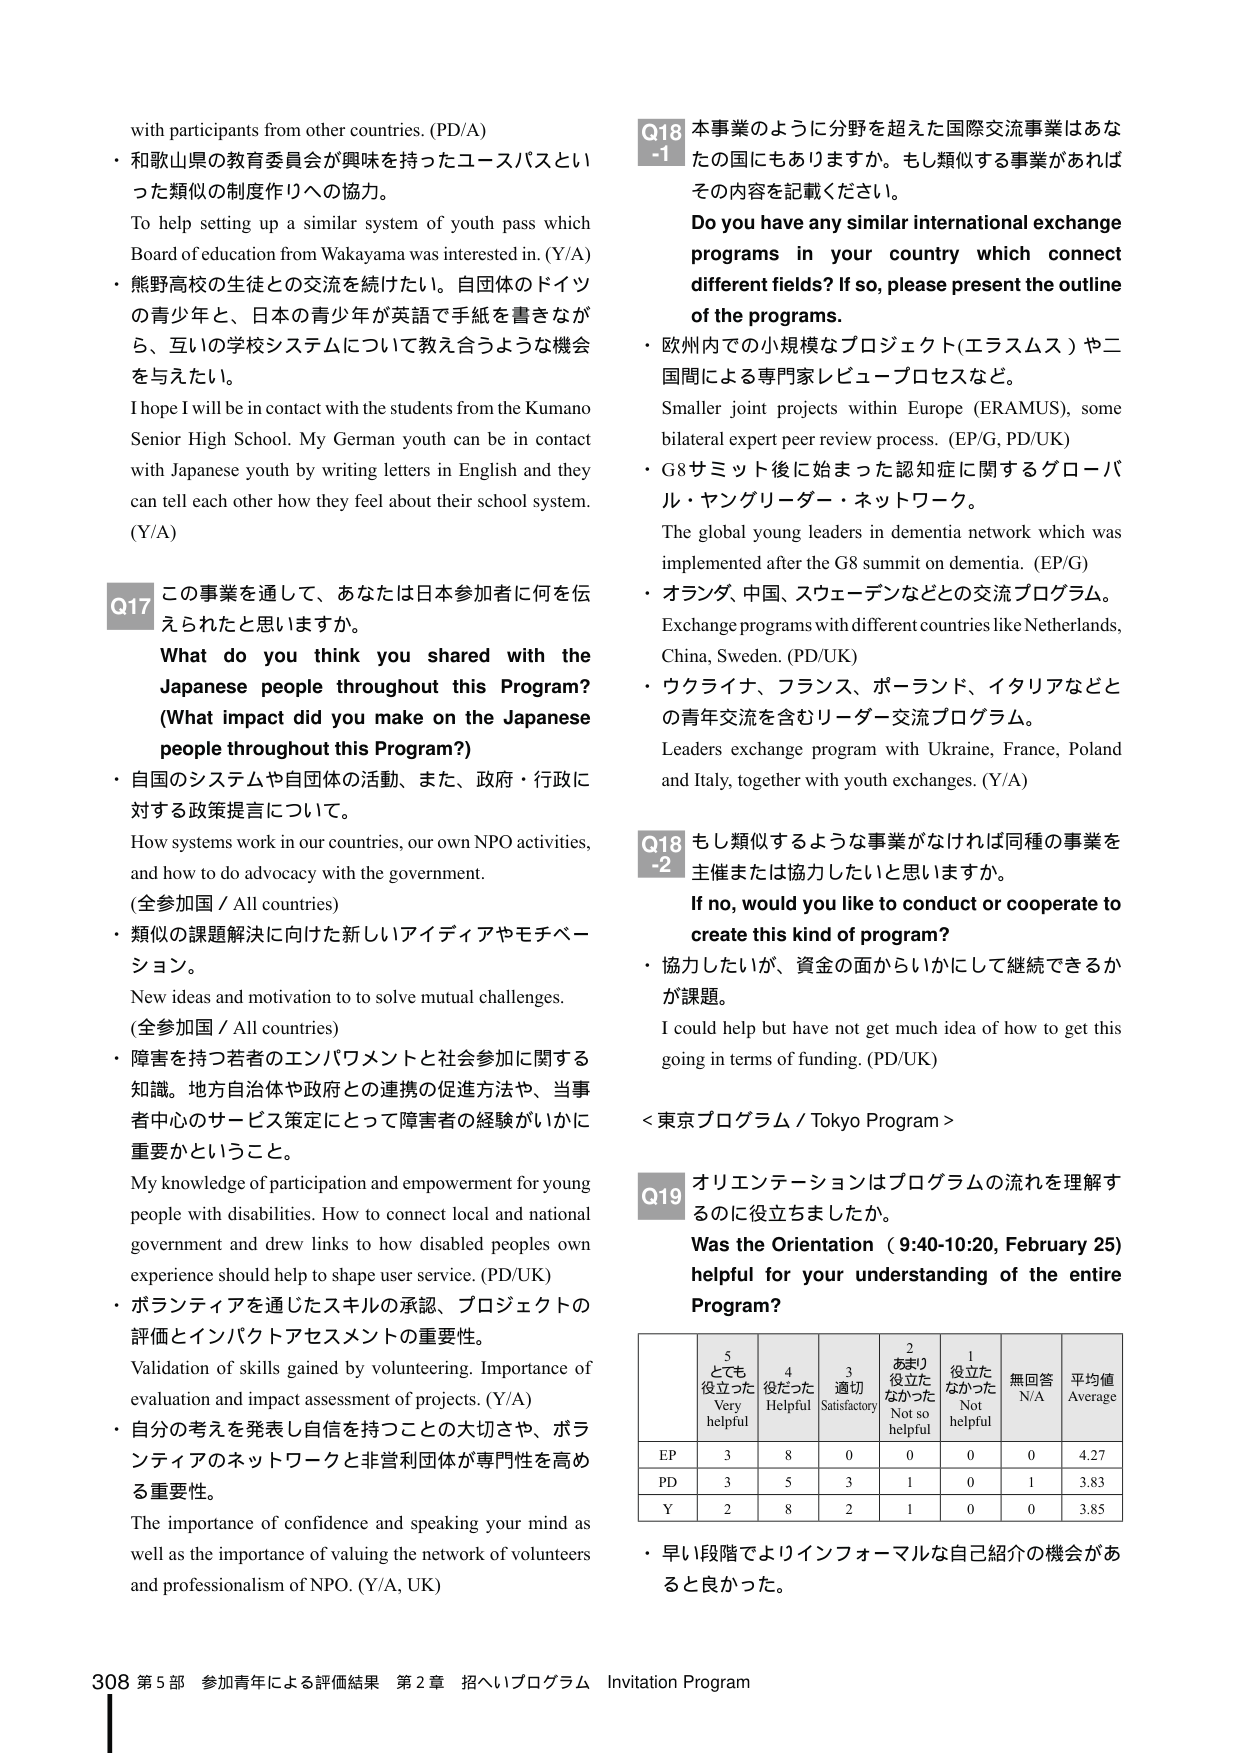
with participants from other countries. (PD/A)
・和歌山県の教育委員会が興味を持ったコースパスとい
った類似の制度作りへの協力。
To help setting up a similar system of youth pass which
Board of education from Wakayama was interested in. (Y/A)
・熊野高校の生徒との交流を続けたい。自団体のドイツ
の青少年と、日本の青少年が英語で手紙を書きなが
ら、互いの学校システムについて教え合うような機会
を与えたい。
I hope I will be in contact with the students from the Kumano
Senior High School. My German youth can be in contact
with Japanese youth by writing letters in English and they
can tell each other how they feel about their school system.
(Y/A)

Q17 この事業を通して、あなたは日本参加者に何を伝
えられたと思いますか。
What do you think you shared with the
Japanese people throughout this Program?
(What impact did you make on the Japanese
people throughout this Program?)
・自国のシステムや自団体の活動、また、政府・行政に
対する政策提言について。
How systems work in our countries, our own NPO activities,
and how to do advocacy with the government.
(全参加国 / All countries)
・類似の課題解決に向けた新しいアイディアやモチベー
ション。
New ideas and motivation to to solve mutual challenges.
(全参加国 / All countries)
・障害を持つ若者のエンパワメントと社会参加に関する
知識。地方自治体や政府との連携の促進方法や、当事
者中心のサービス策定にとって障害者の経験がいかに
重要かということ。
My knowledge of participation and empowerment for young
people with disabilities. How to connect local and national
government and drew links to how disabled peoples own
experience should help to shape user service. (PD/UK)
・ボランティアを通じたスキルの承認、プロジェクトの
評価とインパクトアセスメントの重要性。
Validation of skills gained by volunteering. Importance of
evaluation and impact assessment of projects. (Y/A)
・自分の考えを発表し自信を持つことの大切さや、ボラ
ンティアのネットワークと非営利団体が専門性を高め
る重要性。
The importance of confidence and speaking your mind as
well as the importance of valuing the network of volunteers
and professionalism of NPO. (Y/A, UK)

Q18-1 本事業のように分野を超えた国際交流事業はあな
たの国にもありますか。もし類似する事業があれば
その内容を記載ください。
Do you have any similar international exchange
programs in your country which connect
different fields? If so, please present the outline
of the programs.
・欧州内での小規模なプロジェクト(エラスムス)や二
国間による専門家レビュー・プロセスなど。
Smaller joint projects within Europe (ERAMUS), some
bilateral expert peer review process. (EP/G, PD/UK)
・G8サミット後に始まった認知症に関するグローバ
ル・ヤングリーダー・ネットワーク。
The global young leaders in dementia network which was
implemented after the G8 summit on dementia. (EP/G)
・オランダ、中国、スウェーデンなどとの交流プログラム。
Exchange programs with different countries like Netherlands,
China, Sweden. (PD/UK)
・ウクライナ、フランス、ポーランド、イタリアなどと
の青年交流を含むリーダー交流プログラム。
Leaders exchange program with Ukraine, France, Poland
and Italy, together with youth exchanges. (Y/A)

Q18-2 もし類似するような事業がなければ同種の事業を
主催または協力したいと思いますか。
If no, would you like to conduct or cooperate to
create this kind of program?
・協力したいが、資金の面からいかにして継続できるか
が課題。
I could help but have not get much idea of how to get this
going in terms of funding. (PD/UK)

<東京プログラム / Tokyo Program>

Q19 オリエンテーションはプログラムの流れを理解す
るのに役立ちましたか。
Was the Orientation (9:40-10:20, February 25)
helpful for your understanding of the entire
Program?

| 5 とても役立った Very helpful | 4 役だった Helpful | 3 適切 Satisfactory | 2 あまり役立たなかった Not so helpful | 1 役立たなかった Not helpful | 無回答 N/A | 平均値 Average |
|-------------------------------|---------------------|---------------------|----------------------------------------|-----------------------------|-------------|----------------|
| EP                            | 3                   | 8                   | 0                                      | 0                           | 0           | 4.27           |
| PD                            | 3                   | 5                   | 3                                      | 1                           | 0           | 3.83           |
| Y                             | 2                   | 8                   | 2                                      | 1                           | 0           | 3.85           |

・早い段階でよりインフォーマルな自己紹介の機会があ
ると良かった。

308 第5部 参加青年による評価結果 第2章 招へいプログラム Invitation Program